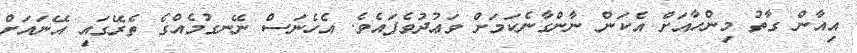
އިއާން ގާތު މިންހާއަށް އެކަން ނާންގާނެކަމަށް ވަޢުދުވެފައެވެ. އެހެނަސް ނޭނގުމެެއްގެ ތެރޭގައި އޭނައަށް